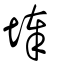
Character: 埲